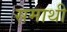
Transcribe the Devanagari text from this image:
समाथी